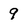
Character: 9